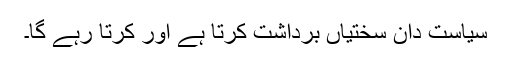
سیاست دان سختیاں برداشت کرتا ہے اور کرتا رہے گا۔